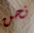
نحن